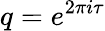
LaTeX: q=e^{2\pi i\tau}